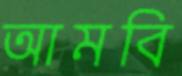
আমবি